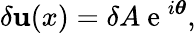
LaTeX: \delta\textbf{u}(x)=\delta A\mathrm{~e~}^{i\boldsymbol{\theta}},